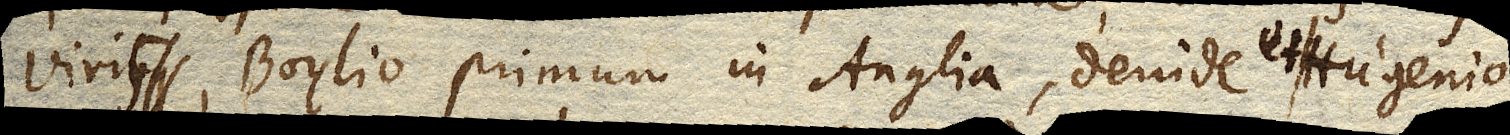
viris, Boylio primum in Anglia, deinde et Hugenio